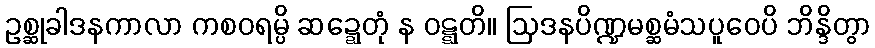
ဥစ္ဆုခါဒနကာလာ ကစဝရမ္ပိ ဆဍ္ဍေတုံ န ဝဋ္ဋတိ။ ဩဒနပိဏ္ဍမစ္ဆမံသပူဝေပိ ဘိန္ဒိတွာ